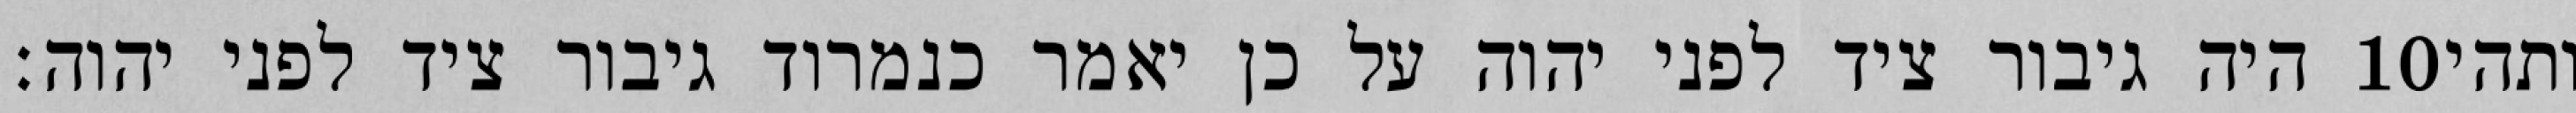
היה גיבור ציד לפני יהוה על כן יאמר כנמרוד גיבור ציד לפני יהוה׃ ‎10‏ ותהי